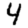
Digit: 4